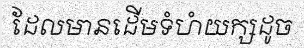
ដែលមានដើមទំហំយក្សដូច